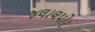
જલાલપોર